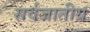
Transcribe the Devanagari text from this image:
सर्वजातीय